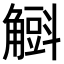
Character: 𧤰